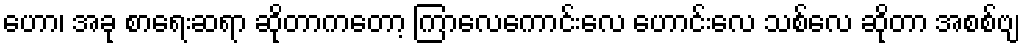
ဟော၊ အခု စာရေးဆရာ ဆိုတာကတော့ ကြာလေကောင်းလေ ဟောင်းလေ သစ်လေ ဆိုတာ အစစ်ဗျ